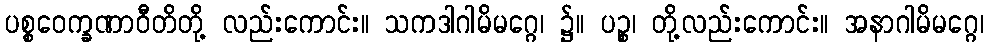
ပစ္စဝေက္ခဏာဝီတိတို့ လည်းကောင်း။ သကဒါဂါမိမဂ္ဂေ၊ ၌။ ပဉ္စ၊ တို့လည်းကောင်း။ အနာဂါမိမဂ္ဂေ၊